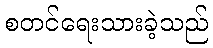
စတင်ရေးသားခဲ့သည်